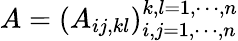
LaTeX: A=(A_{ij,kl})_{i,j=1,\cdots,n}^{k,l=1,\cdots,n}